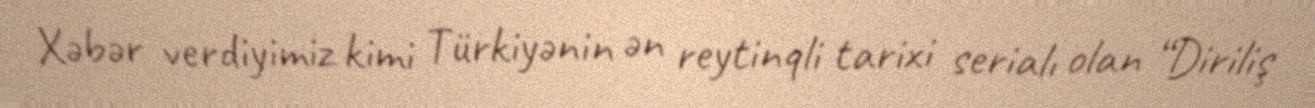
Xəbər verdiyimiz kimi Türkiyənin ən reytinqli tarixi serialı olan “Diriliş